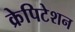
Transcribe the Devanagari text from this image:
क्रेपिटेशन